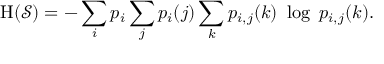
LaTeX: \mathrm { H } ( { \mathcal { S } } ) = - \sum _ { i } p _ { i } \sum _ { j } p _ { i } ( j ) \sum _ { k } p _ { i , j } ( k ) \ \log \ p _ { i , j } ( k ) .